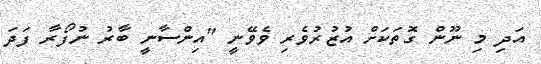
އަދި މި ނޫން ގޮތަކަށް އުޒުރުވެރި ވެވޭނީ "އިންސާނީ ބާރު ނުފޯރާ ފަދަ